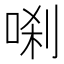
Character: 𭈗